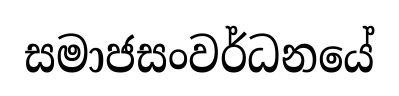
සමාජසංවර්ධනයේ